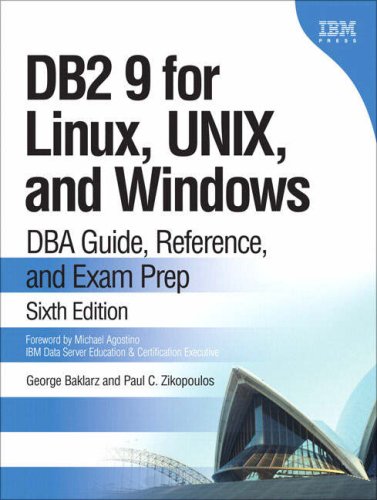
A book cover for DB2 9 for Linux, UNIX, and Windows: DBA Guide, Reference, and Exam Prep (6th Edition); George Baklarz; Computers & Technology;